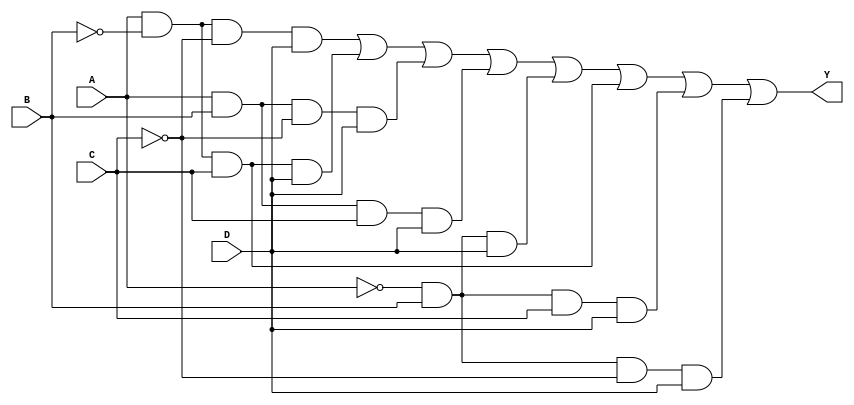
module four_variable_kmap (
    input wire A,  // Input variable A
    input wire B,  // Input variable B
    input wire C,  // Input variable C
    input wire D,  // Input variable D
    output wire Y  // Output Y
);

// Define the output Y based on the simplified Boolean expression derived from the K-map
// Assuming the following minterms yield a high output (1): 1, 3, 5, 7, 9, 11, 13, 15
assign Y = (A & ~B & ~C & D) | // minterm 1
           (A & ~B & C & D)  | // minterm 3
           (A & B & ~C & D)  | // minterm 5
           (A & B & C & D)   | // minterm 7
           (~A & B & D)      | // minterm 9
           (A & ~B & C)      | // minterm 11
           (~A & B & C & D)  | // minterm 13
           (~A & B & ~C & D); // minterm 15

endmodule